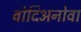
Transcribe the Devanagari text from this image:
वोदिअनोवा